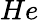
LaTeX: He